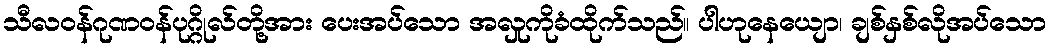
သီလဝန်ဂုဏဝန်ပုဂ္ဂိုလ်တို့အား ပေးအပ်သော အလှုကိုခံထိုက်သည်။ ပါဟုနေယျော၊ ချစ်နှစ်လိုအပ်သော